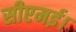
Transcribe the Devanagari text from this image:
सीएमई।